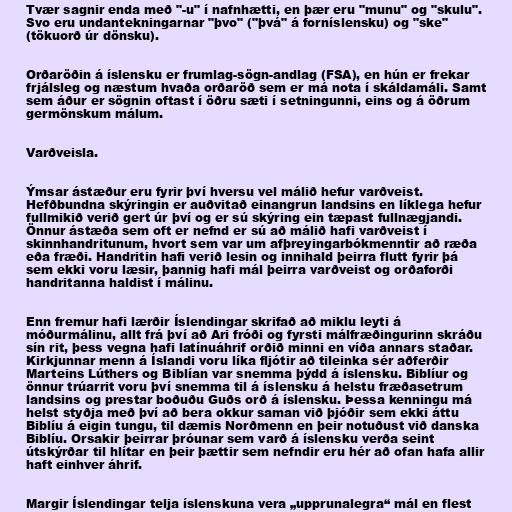
Tvær sagnir enda með "-u" í nafnhætti, en þær eru "munu" og "skulu".
Svo eru undantekningarnar "þvo" ("þvá" á forníslensku) og "ske"
(tökuorð úr dönsku).

Orðaröðin á íslensku er frumlag-sögn-andlag (FSA), en hún er frekar
frjálsleg og næstum hvaða orðaröð sem er má nota í skáldamáli. Samt
sem áður er sögnin oftast í öðru sæti í setningunni, eins og á öðrum
germönskum málum.

Varðveisla.

Ýmsar ástæður eru fyrir því hversu vel málið hefur varðveist.
Hefðbundna skýringin er auðvitað einangrun landsins en líklega hefur
fullmikið verið gert úr því og er sú skýring ein tæpast fullnægjandi.
Önnur ástæða sem oft er nefnd er sú að málið hafi varðveist í
skinnhandritunum, hvort sem var um afþreyingarbókmenntir að ræða
eða fræði. Handritin hafi verið lesin og innihald þeirra flutt fyrir þá
sem ekki voru læsir, þannig hafi mál þeirra varðveist og orðaforði
handritanna haldist í málinu.

Enn fremur hafi lærðir Íslendingar skrifað að miklu leyti á
móðurmálinu, allt frá því að Ari fróði og fyrsti málfræðingurinn skráðu
sín rit, þess vegna hafi latínuáhrif orðið minni en víða annars staðar.
Kirkjunnar menn á Íslandi voru líka fljótir að tileinka sér aðferðir
Marteins Lúthers og Biblían var snemma þýdd á íslensku. Biblíur og
önnur trúarrit voru því snemma til á íslensku á helstu fræðasetrum
landsins og prestar boðuðu Guðs orð á íslensku. Þessa kenningu má
helst styðja með því að bera okkur saman við þjóðir sem ekki áttu
Biblíu á eigin tungu, til dæmis Norðmenn en þeir notuðust við danska
Biblíu. Orsakir þeirrar þróunar sem varð á íslensku verða seint
útskýrðar til hlítar en þeir þættir sem nefndir eru hér að ofan hafa allir
haft einhver áhrif.

Margir Íslendingar telja íslenskuna vera „upprunalegra“ mál en flest